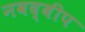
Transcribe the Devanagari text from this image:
नवद्बीप